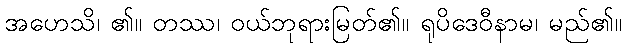
အဟေသိ၊ ၏။ တဿ၊ ဝယ်ဘုရားမြတ်၏။ ရုပိဒေဝီနာမ၊ မည်၏။